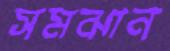
সমঝান